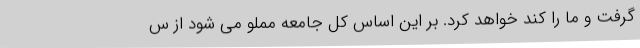
گرفت و ما را کند خواهد کرد. بر این اساس کل جامعه مملو می شود از س